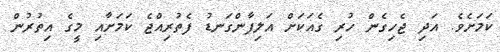
ކަމަށެވެ. އަދި ޖެހިގެން ހުރި ގެއަކަށް އަލިފާންގަނޑު ފެތުރިއްޖެ ކަމަށާއި މީގެ އިތުރުން